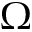
\Omega